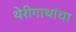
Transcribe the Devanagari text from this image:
थेरीगाथांचा